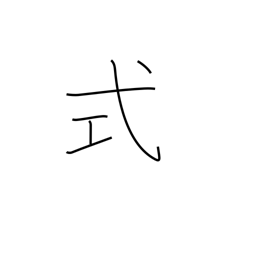
Meaning: ceremony